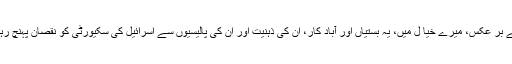
اس کے بر عکس، میرے خیا ل میں، یہ بستیاں اور آباد کار، ان کی ذہنیت اور ان کی پالیسیوں سے اسرائیل کی سکیورٹی کو نقصان پہنچ رہا ہے ۔